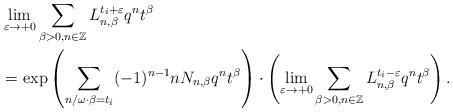
LaTeX: \begin{align*}&\lim_{\varepsilon \to +0}\sum_{\beta>0, n\in \mathbb{Z}} L_{n, \beta}^{t_i+\varepsilon}q^n t^{\beta} \\&=\exp\left( \sum_{n/\omega \cdot \beta=t_i} (-1)^{n-1} n N_{n, \beta} q^n t^{\beta} \right) \cdot \left(\lim_{\varepsilon \to +0} \sum_{\beta>0, n\in \mathbb{Z}}L_{n, \beta}^{t_i-\varepsilon}q^n t^{\beta}\right). \end{align*}